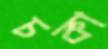
চকা